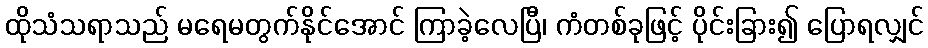
ထိုသံသရာသည် မရေမတွက်နိုင်အောင် ကြာခဲ့လေပြီ၊ ကံတစ်ခုဖြင့် ပိုင်းခြား၍ ပြောရလျှင်